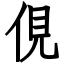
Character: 俔